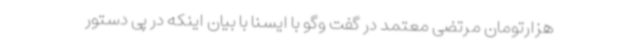
هزارتومان مرتضی معتمد در گفت وگو با ایسنا با بیان اینکه در پی دستور